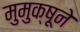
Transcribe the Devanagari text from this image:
मुमुक्षूने